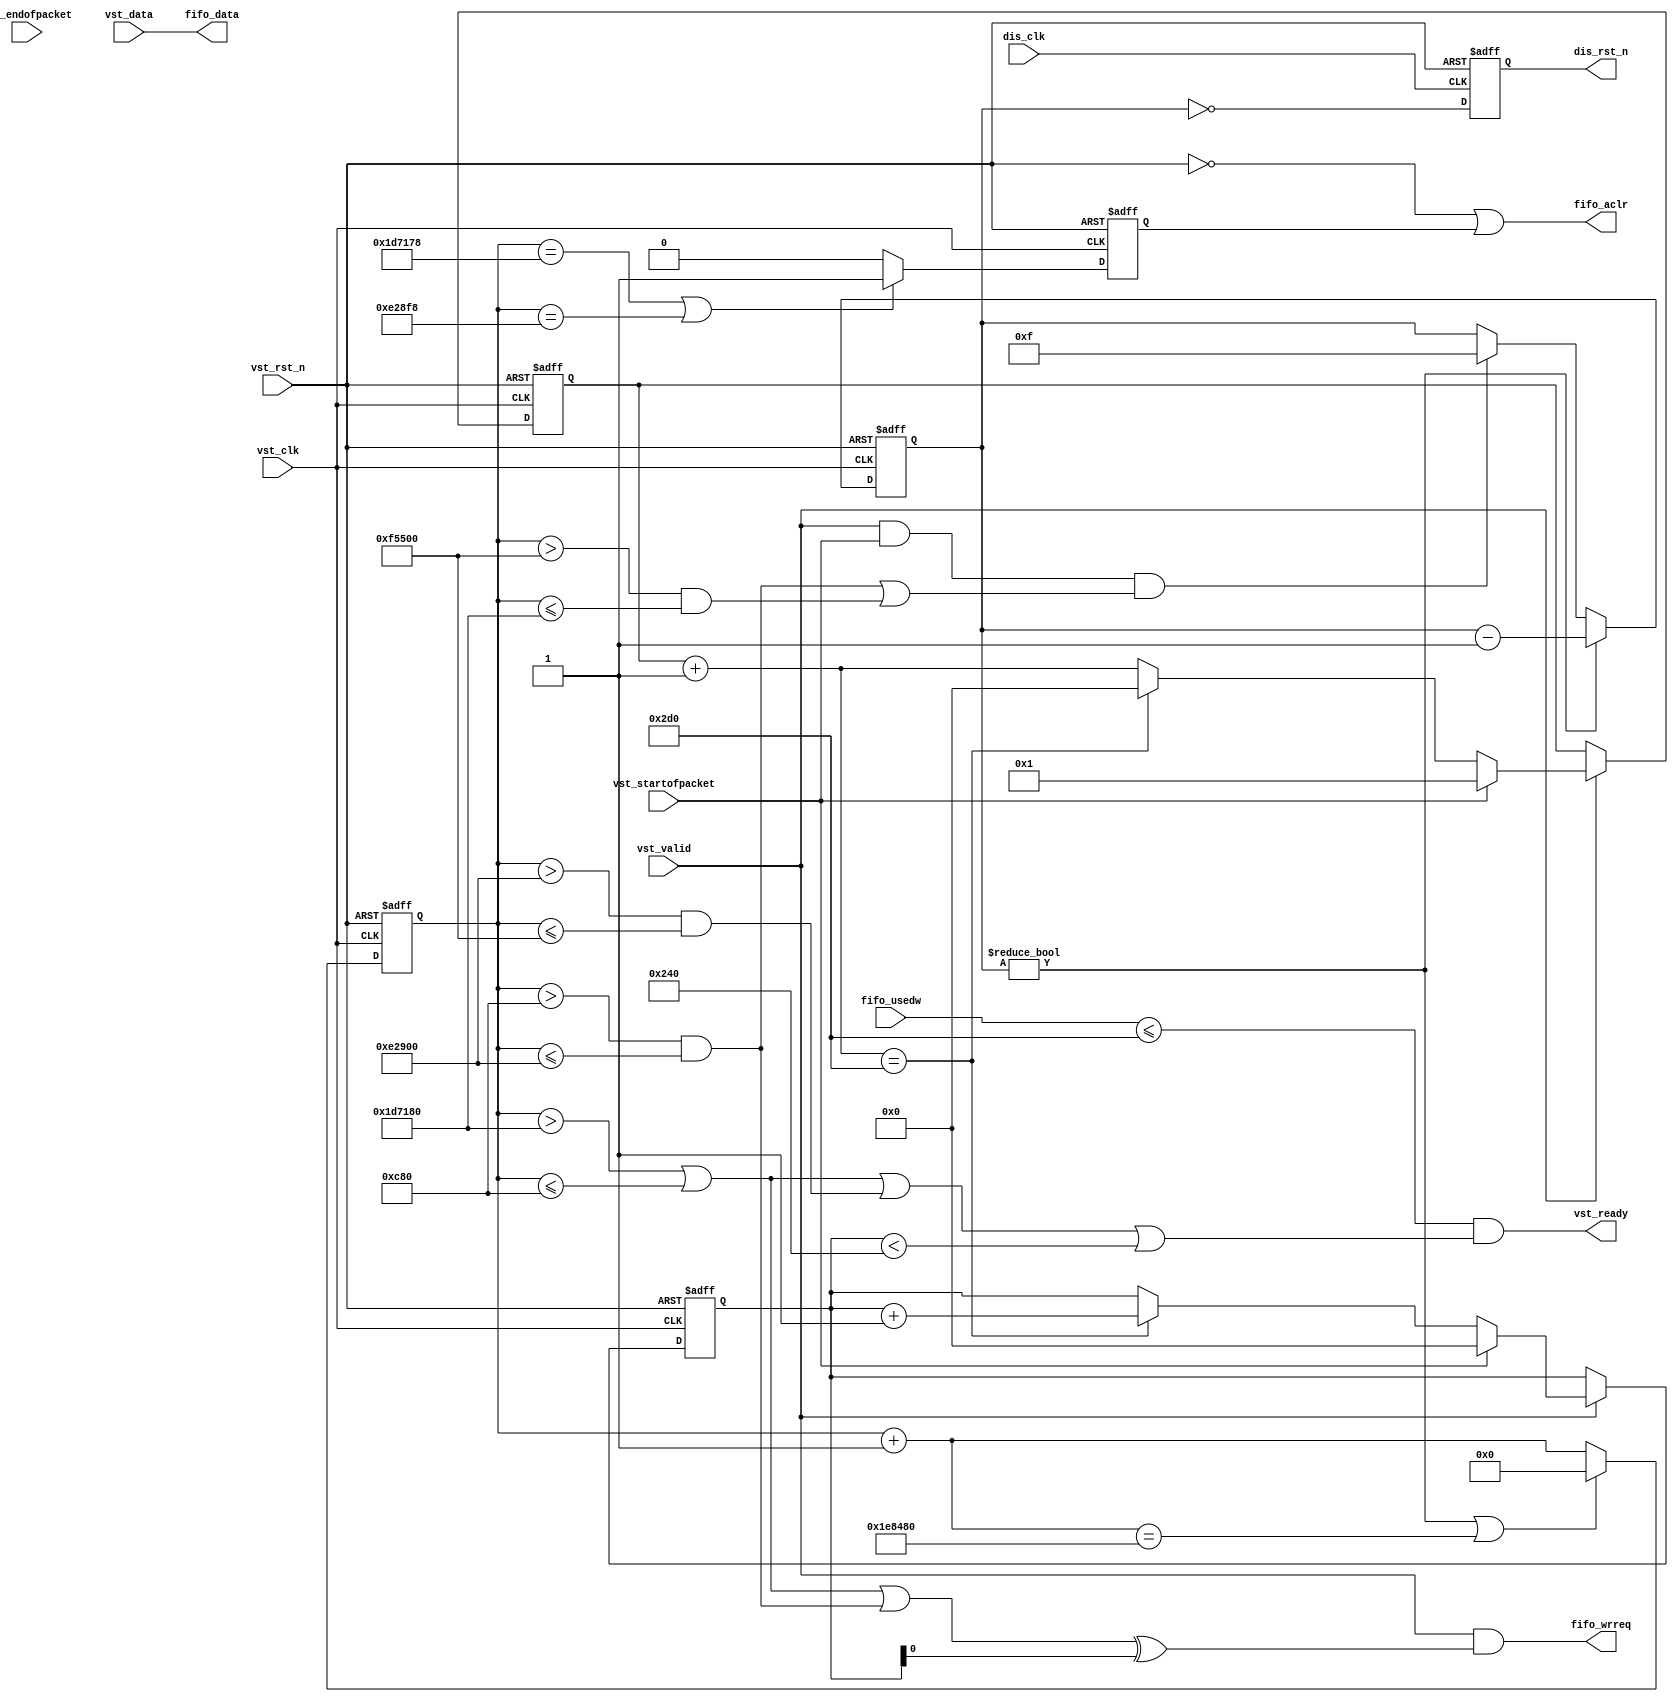
module dis_pal_process_data(
	vst_clk, vst_rst_n,
	
	vst_data, vst_valid, vst_ready,
	vst_startofpacket, vst_endofpacket,
	
	fifo_data, fifo_wrreq,
	fifo_usedw, fifo_aclr,
	
	dis_clk, dis_rst_n
);

parameter			DATA_WIDTH	= 10;
parameter [9:0]	PAL_WIDTH	= 720;
parameter [23:0]	FRAME_NUM	= 2_000_000;

parameter [23:0]	THRESHOLD_A	= 1_929_600;
parameter [23:0]	THRESHOLD_B	= 0_003_200;
parameter [23:0]	THRESHOLD_C	= 0_928_000;
parameter [23:0]	THRESHOLD_D	= 1_004_800;

localparam [23:0]	THRESHOLD_FIFO_RST_A = THRESHOLD_A - 24'd8;
localparam [23:0]	THRESHOLD_FIFO_RST_C = THRESHOLD_C - 24'd8;

input 						vst_clk;
input 						vst_rst_n;

input [DATA_WIDTH-1:0]	vst_data;
input 						vst_valid;
output 						vst_ready;
input 						vst_startofpacket;
input 						vst_endofpacket;

output [DATA_WIDTH-1:0]	fifo_data;
output 						fifo_wrreq;
input [9:0]					fifo_usedw;
output 						fifo_aclr;

input 						dis_clk;
output 						dis_rst_n;

reg [3:0]	rst_state_cnt;
reg [9:0]	dis_x, dis_y;
reg [23:0]	frame_cnt;
reg 			dis_rst_n_reg;
reg 			fifo_aclr_reg;

wire [23:0]	frame_add;
wire [3:0]	frame_th;
wire [9:0]	dis_x_add, dis_y_add;

assign frame_th[0] = frame_cnt>THRESHOLD_A || frame_cnt<=THRESHOLD_B;	/* pre F0 */
assign frame_th[1] = frame_cnt>THRESHOLD_B && frame_cnt<=THRESHOLD_C;	/* F0 */
assign frame_th[2] = frame_cnt>THRESHOLD_C && frame_cnt<=THRESHOLD_D;	/* pre F1 */
assign frame_th[3] = frame_cnt>THRESHOLD_D && frame_cnt<=THRESHOLD_A;	/* F1 */

assign frame_add = frame_cnt + 24'd1;
assign dis_x_add = dis_x + 10'd1;
assign dis_y_add = dis_y + 10'd1;

assign fifo_data = vst_data;
assign fifo_aclr = ~vst_rst_n | fifo_aclr_reg;
assign fifo_wrreq = vst_valid & ((frame_th[0] | frame_th[1]) ^ dis_y[0]);
assign vst_ready = fifo_usedw<=PAL_WIDTH && (frame_th[0] || frame_th[2] || dis_y<10'd576);
assign dis_rst_n = dis_rst_n_reg;

always @(posedge vst_clk or negedge vst_rst_n)
begin
	if (!vst_rst_n)
		fifo_aclr_reg <= 1'b0;
	else if (frame_cnt==THRESHOLD_FIFO_RST_A || frame_cnt==THRESHOLD_FIFO_RST_C)
		fifo_aclr_reg <= 1'b1;
	else
		fifo_aclr_reg <= 1'b0;
end

always @(posedge dis_clk or negedge vst_rst_n)
begin
	if (!vst_rst_n)
		dis_rst_n_reg <= 1'b0;
	else
		dis_rst_n_reg <= rst_state_cnt==4'h0;
end

always @(posedge vst_clk or negedge vst_rst_n)
begin
	if (!vst_rst_n)
		rst_state_cnt <= 4'h0;
	else if (rst_state_cnt != 4'h0)
		rst_state_cnt <= rst_state_cnt - 4'h1;
	else if (vst_valid & vst_startofpacket & (frame_th[1] | frame_th[3])) 
		rst_state_cnt <= 4'hF;
end

always @(posedge vst_clk or negedge vst_rst_n)
begin
	if (!vst_rst_n)
		frame_cnt <= 24'd0;
	else if (rst_state_cnt!=4'h0 || frame_add==FRAME_NUM)
		frame_cnt <= 24'd0;
	else
		frame_cnt <= frame_add;
end

always @(posedge vst_clk or negedge vst_rst_n)
begin
	if (!vst_rst_n) begin
		dis_x <= 10'd0;
		dis_y <= 10'd0;
	end
	else if (vst_valid) begin
		if (vst_startofpacket) begin
			dis_x <= 10'd1;
			dis_y <= 10'd0;
		end
		else if (dis_x_add == PAL_WIDTH) begin
			dis_x <= 10'd0;
			dis_y <= dis_y_add;
		end
		else begin
			dis_x <= dis_x_add;
			dis_y <= dis_y;
		end
	end
end

endmodule